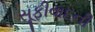
સૂફીવાદની